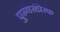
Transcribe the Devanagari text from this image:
पुरुषसंप्रेरक